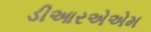
ડીઆરએએમ